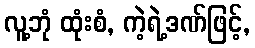
လူ့ဘုံ ထုံးစံ, ကဲ့ရဲ့ဒဏ်ဖြင့်,